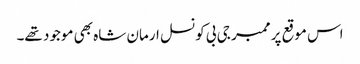
اس موقع پر ممبر جی بی کونسل ارمان شاہ بھی موجود تھے۔